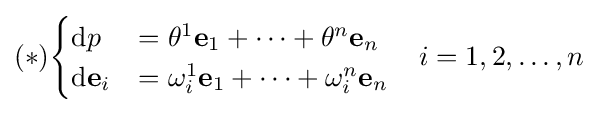
(*){\begin{cases}\mathrm {d} {p}&=\theta ^{1}\mathbf {e} _{1}+\cdots +\theta ^{n}\mathbf {e} _{n}\\\mathrm {d} \mathbf {e} _{i}&=\omega _{i}^{1}\mathbf {e} _{1}+\cdots +\omega _{i}^{n}\mathbf {e} _{n}\end{cases}}\quad i=1,2,\ldots ,n